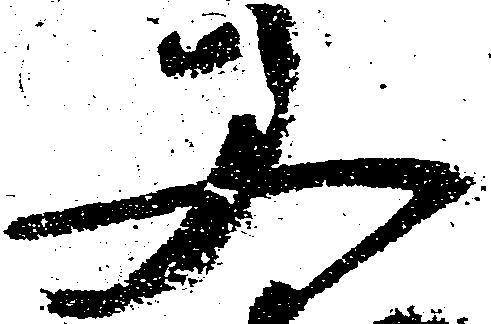
又